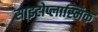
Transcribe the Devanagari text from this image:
साइटोप्लास्मिक